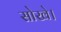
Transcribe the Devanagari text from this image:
सोखे।